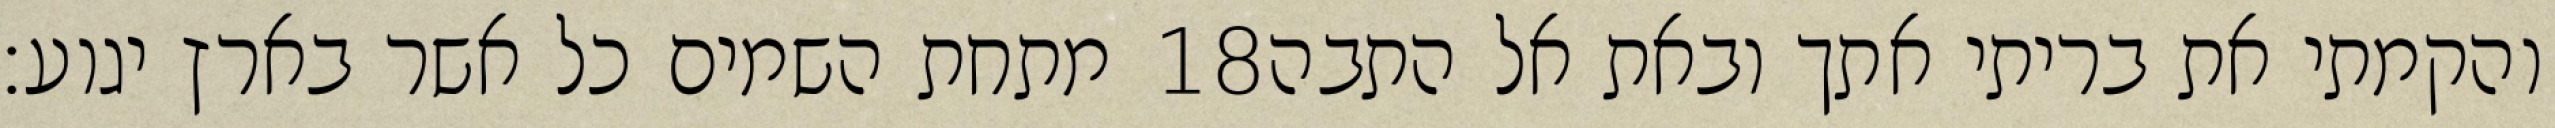
מתחת השמים כל אשר בארץ יגוע׃ ‎18‏ והקמתי את בריתי אתך ובאת אל התבה